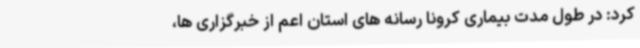
کرد: در طول مدت بیماری کرونا رسانه های استان اعم از خبرگزاری ها،